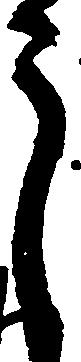
う